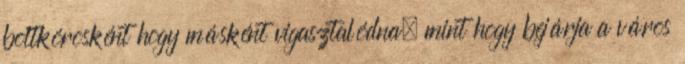
boltkórosként hogy másként vigasztalódna, mint hogy bejárja a város